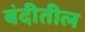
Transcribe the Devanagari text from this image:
बंदीतील